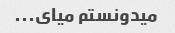
میدونستم میای...